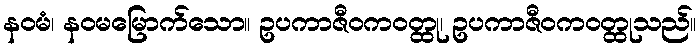
နဝမံ၊ နဝမမြောက်သော။ ဥပကာဇီဝကဝတ္ထု၊ ဥပကာဇီဝကဝတ္ထုသည်။